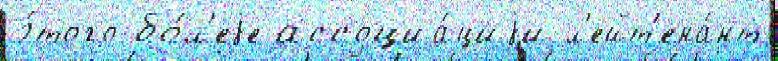
э́того бо́л'еjе ассоциа́циjи л'ейт'ена́нт